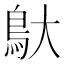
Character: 䲦